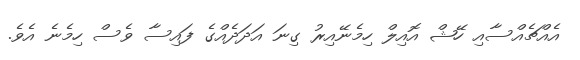
އެއްޗެއްސާއި ހޭޝް އޮއިލް ހިމެނޭއިރު ގިނަ އަދަދެއްގެ ފައިސާ ވެސް ހިމެނެ އެވެ.